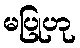
မပြုဟု